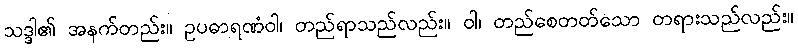
သဒ္ဒါ၏ အနက်တည်း။ ဥပဓာရဏံဝါ၊ တည်ရာသည်လည်း။ ဝါ၊ တည်စေတတ်သော တရားသည်လည်း။